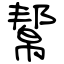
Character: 幚